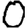
Digit: 0